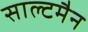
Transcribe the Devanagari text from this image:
साल्टमैन